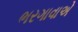
ભરગાવાએ